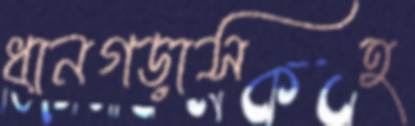
ধানগড়াসহ